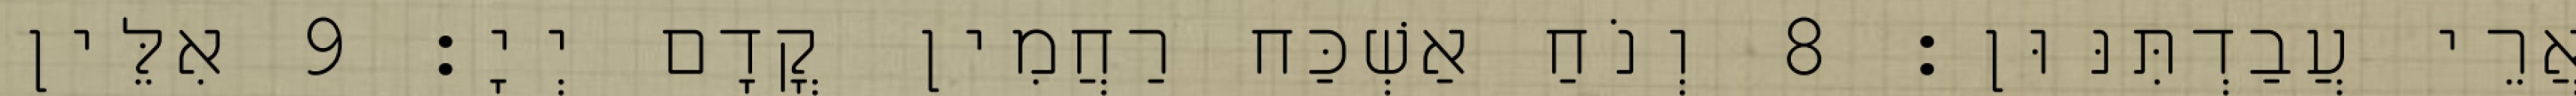
אֲרֵי עֲבַדְתִּנּוּן׃ 8 וְנֹחַ אַשְׁכַּח רַחֲמִין קֳדָם יְיָ׃ 9 אִלֵּין